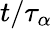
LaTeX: t/\tau_{\alpha}